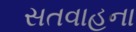
સતવાહના